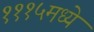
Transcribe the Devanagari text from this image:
१११५मध्ये